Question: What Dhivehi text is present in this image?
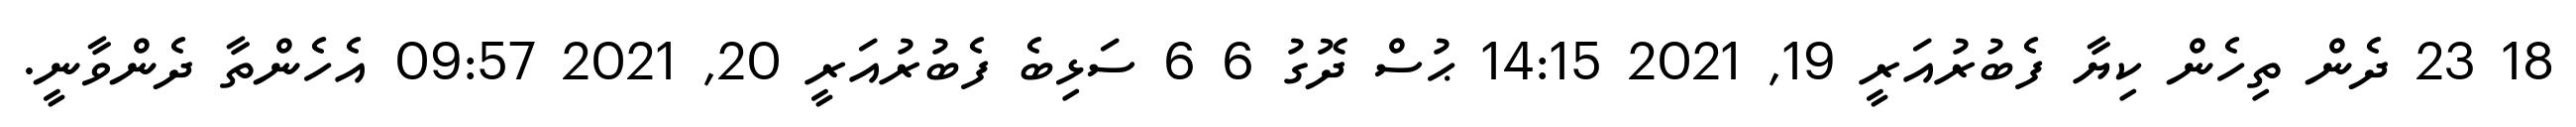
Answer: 18 23 ދެން ތިހެން ކިޔާ ފެބުރުއަރީ 19, 2021 14:15 ޙުސް ދޮގު 6 6 ސަޅިބެ ފެބުރުއަރީ 20, 2021 09:57 އެހެންތާ ދެންވާނީ.